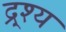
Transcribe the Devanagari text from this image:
द्र्श्य